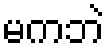
မကဘဲ